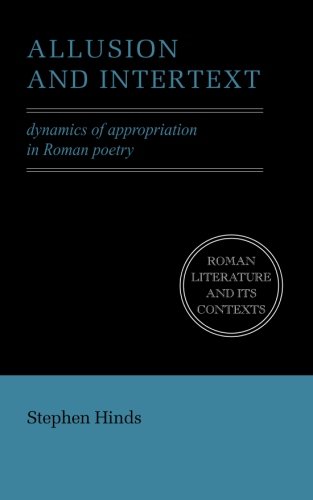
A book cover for Allusion and Intertext: Dynamics of Appropriation in Roman Poetry (Roman Literature and its Contexts); Stephen Hinds; Literature & Fiction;